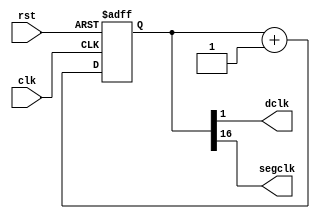
`timescale 1ns / 1ps

module clockdiv(
	input clk, //master clock: 100MHz
	input rst, //asynchronous reset
	output dclk, //pixel clock: 25MHz
	output segclk //debouncer clock: 763Hz
	);

reg [16:0] q;

always @(posedge clk or posedge rst) begin
	if (rst == 1)
		q <= 0;
	else
		q <= q + 1;
end

// 100Mhz / 2^17 = 763Hz
assign segclk = q[16];

// 100Mhz / 2^2 = 25MHz
assign dclk = q[1];

endmodule